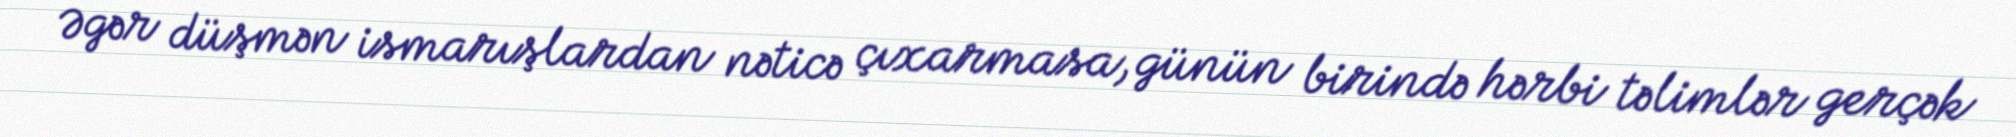
Əgər düşmən ismarışlardan nəticə çıxarmasa, günün birində hərbi təlimlər gerçək